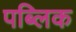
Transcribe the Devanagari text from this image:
पब्‍लिक